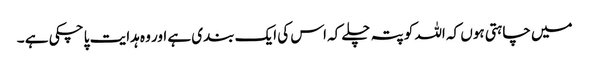
میں چاہتی ہوں کہ اللہ کو پتہ چلے کہ اس کی ایک بندی ہے اور وہ ہدایت پا چکی ہے ۔